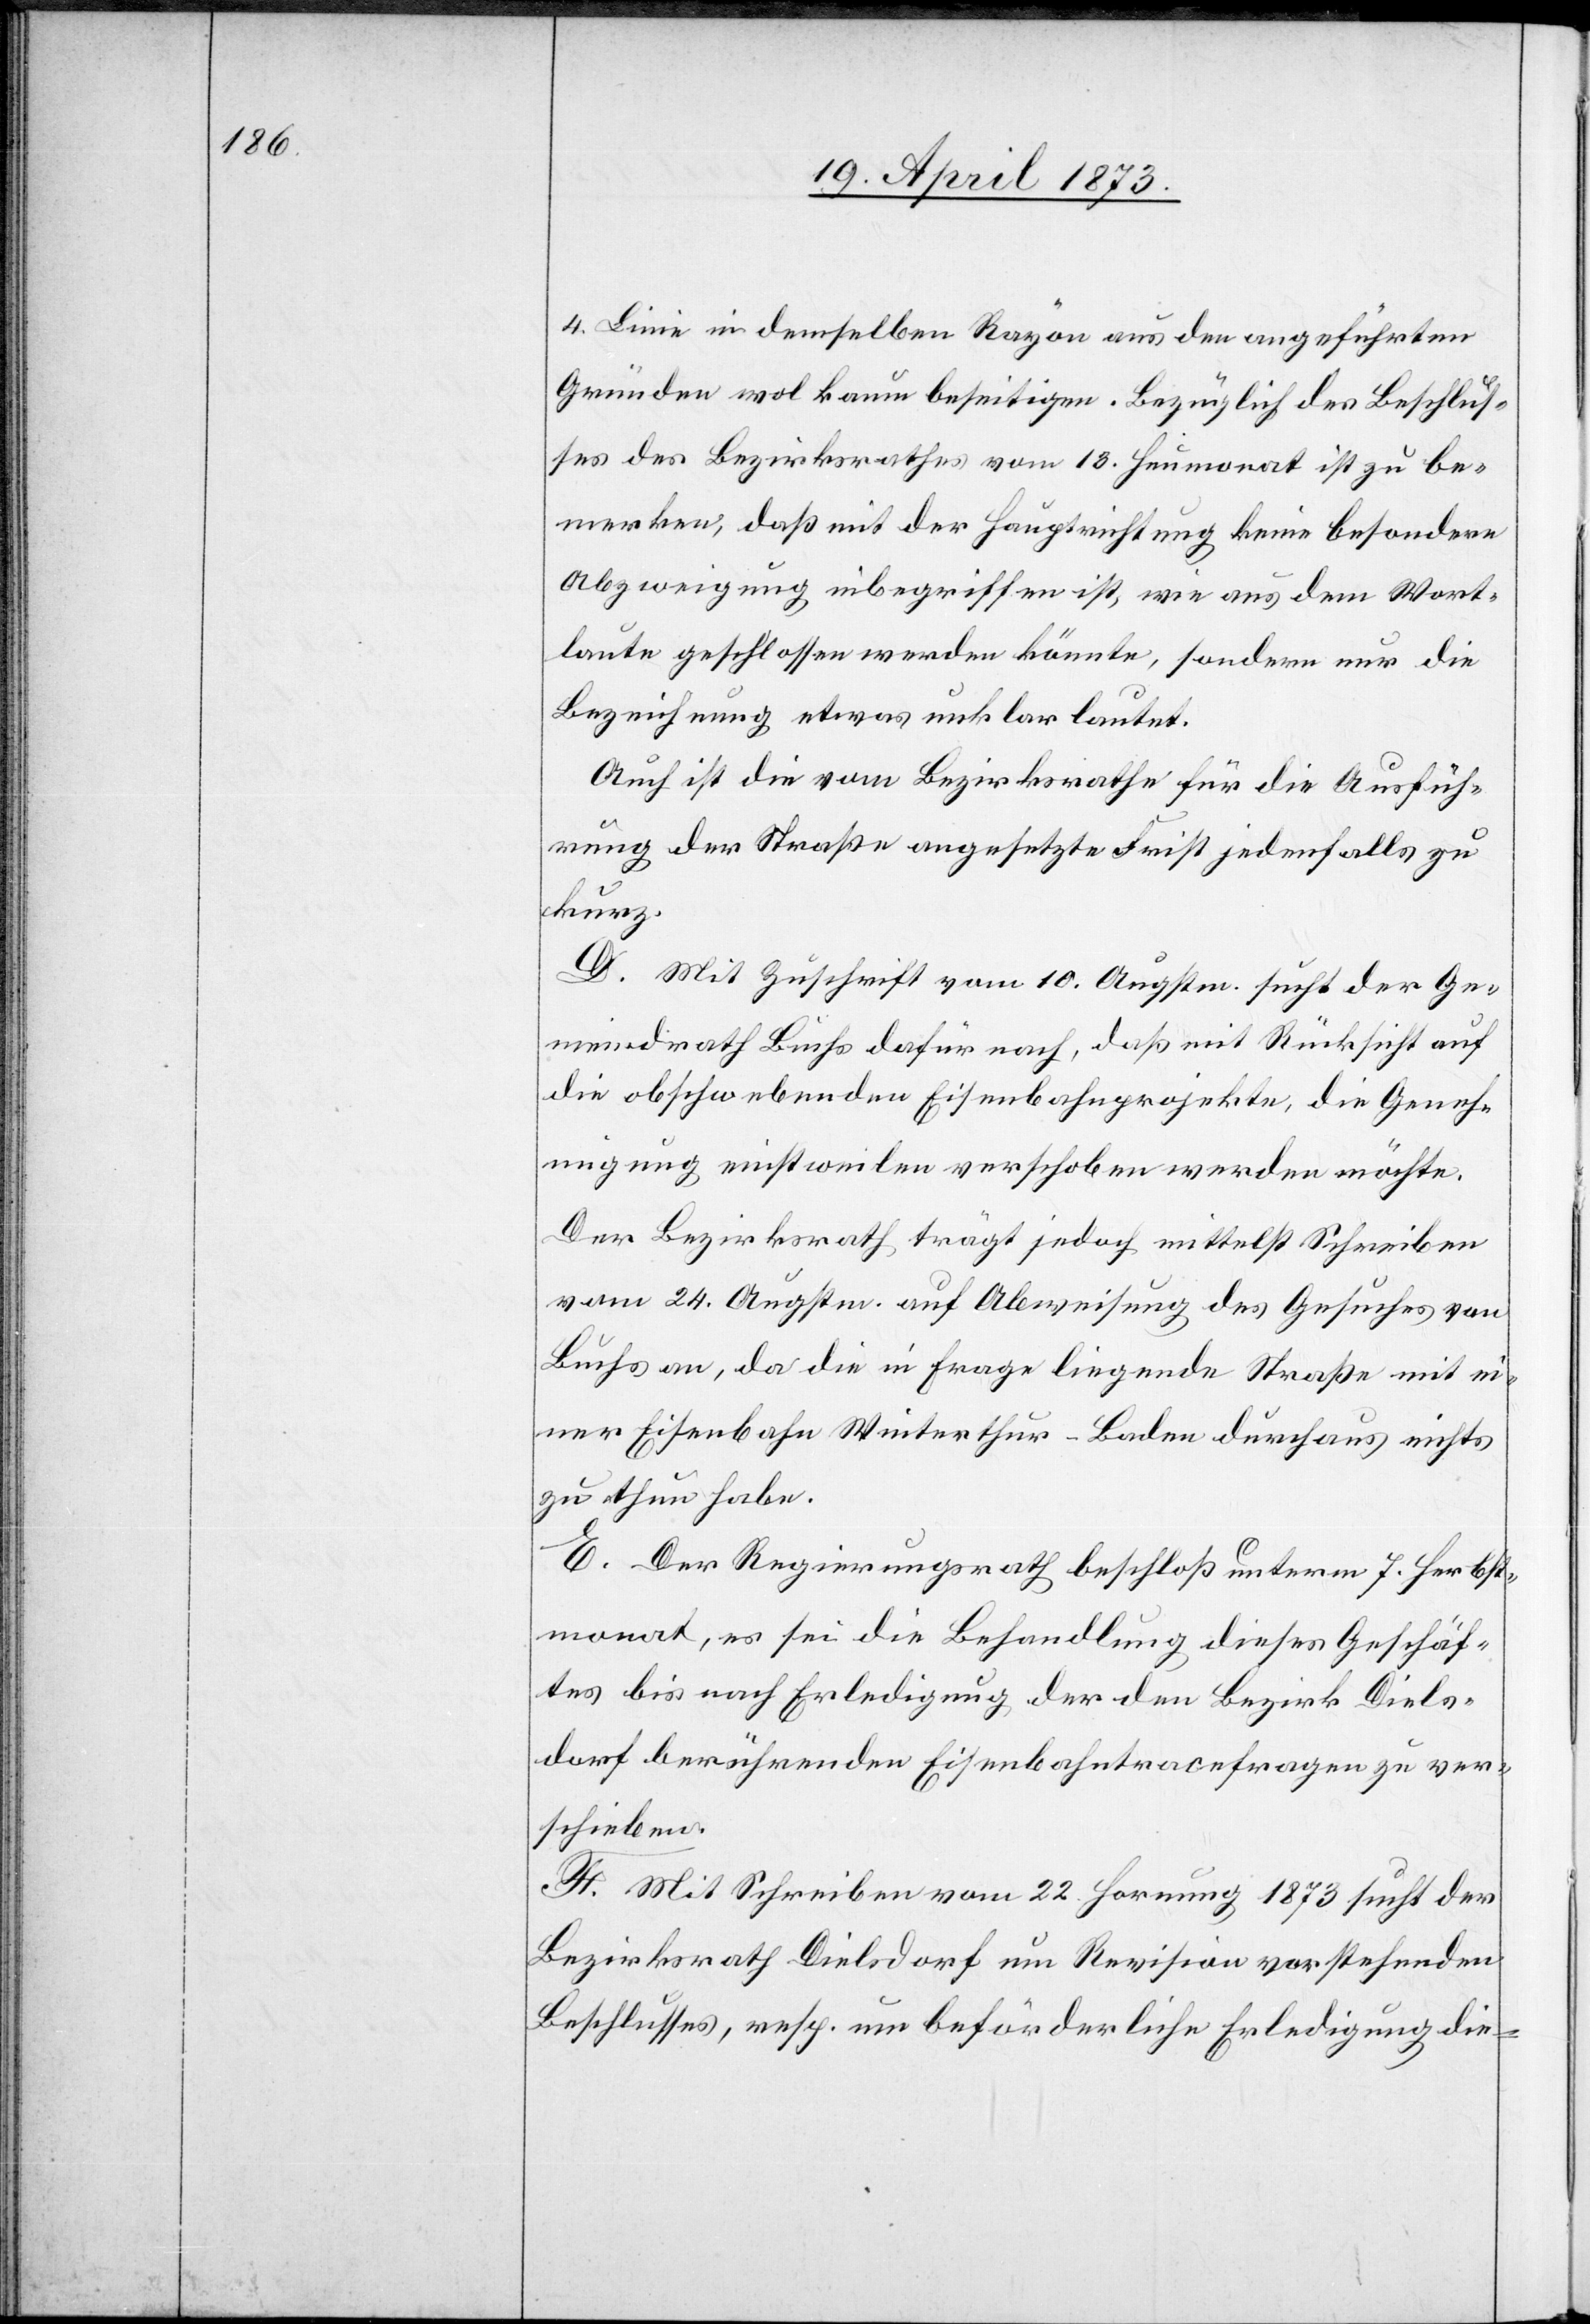
4. Linie in demselben Rayon aus den angeführten
Gründen wol kaum beseitigen. Bezüglich des Beschlus¬
ses des Bezirksrathes vom 18. Heumonat ist zu be¬
merken, daß mit der Hauptrichtung keine besondere
Abzweigung inbegriffen ist, wie aus dem Wort¬
laute geschlossen werden könnte, sondern nur die
Bezeichnung etwas unklar lautet.
Auch ist die vom Bezirksrathe für die Ausfüh¬
rung der Straße angesetzte Frist jedenfalls zu
kurz.
D. Mit Zuschrift vom 10. Augstm. sucht der Ge¬
meindrath Buchs dafür nach, daß mit Rücksicht auf
die obschwebenden Eisenbahnprojekte, die Geneh¬
migung einstweilen verschoben werden möchte.
Der Bezirksrath trägt jedoch mittelst Schreiben
vom 24. Augstm. auf Abweisung des Gesuches von
Buchs an, da die in Frage liegende Straße mit ei¬
ner Eisenbahn Winterthur–Baden durchaus nichts
zu thun habe.
E. Der Regierungsrath beschloß unterm 7. Herbst¬
monat, es sei die Behandlung dieses Geschäf¬
tes bis nach Erledigung der den Bezirk Diels¬
dorf berührenden Eisenbahntracefragen zu ver¬
schieben.
F. Mit Schreiben vom 22. Hornung 1873 sucht der
Bezirksrath Dielsdorf um Revision vorstehenden
Beschlusses, resp. um beförderliche Erledigung die-